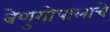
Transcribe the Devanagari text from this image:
वेणुगोपालाचे